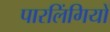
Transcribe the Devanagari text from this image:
पारलिंगियों